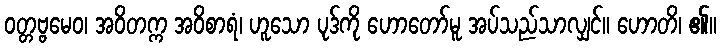
ဝတ္တဗ္ဗမေဝ၊ အဝိတက္က အဝိစာရံ၊ ဟူသော ပုဒ်ကို ဟောတော်မူ အပ်သည်သာလျှင်။ ဟောတိ၊ ၏။